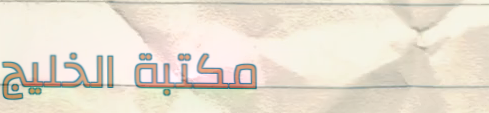
مكتبة الخليج